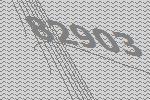
82903